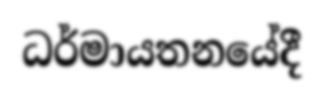
ධර්මායතනයේදී